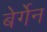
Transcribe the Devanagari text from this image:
बेर्गेन